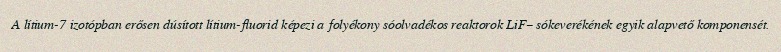
A lítium-7 izotópban erősen dúsított lítium-fluorid képezi a folyékony sóolvadékos reaktorok LiF– sókeverékének egyik alapvető komponensét.